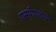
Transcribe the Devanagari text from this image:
एसपीएलएम